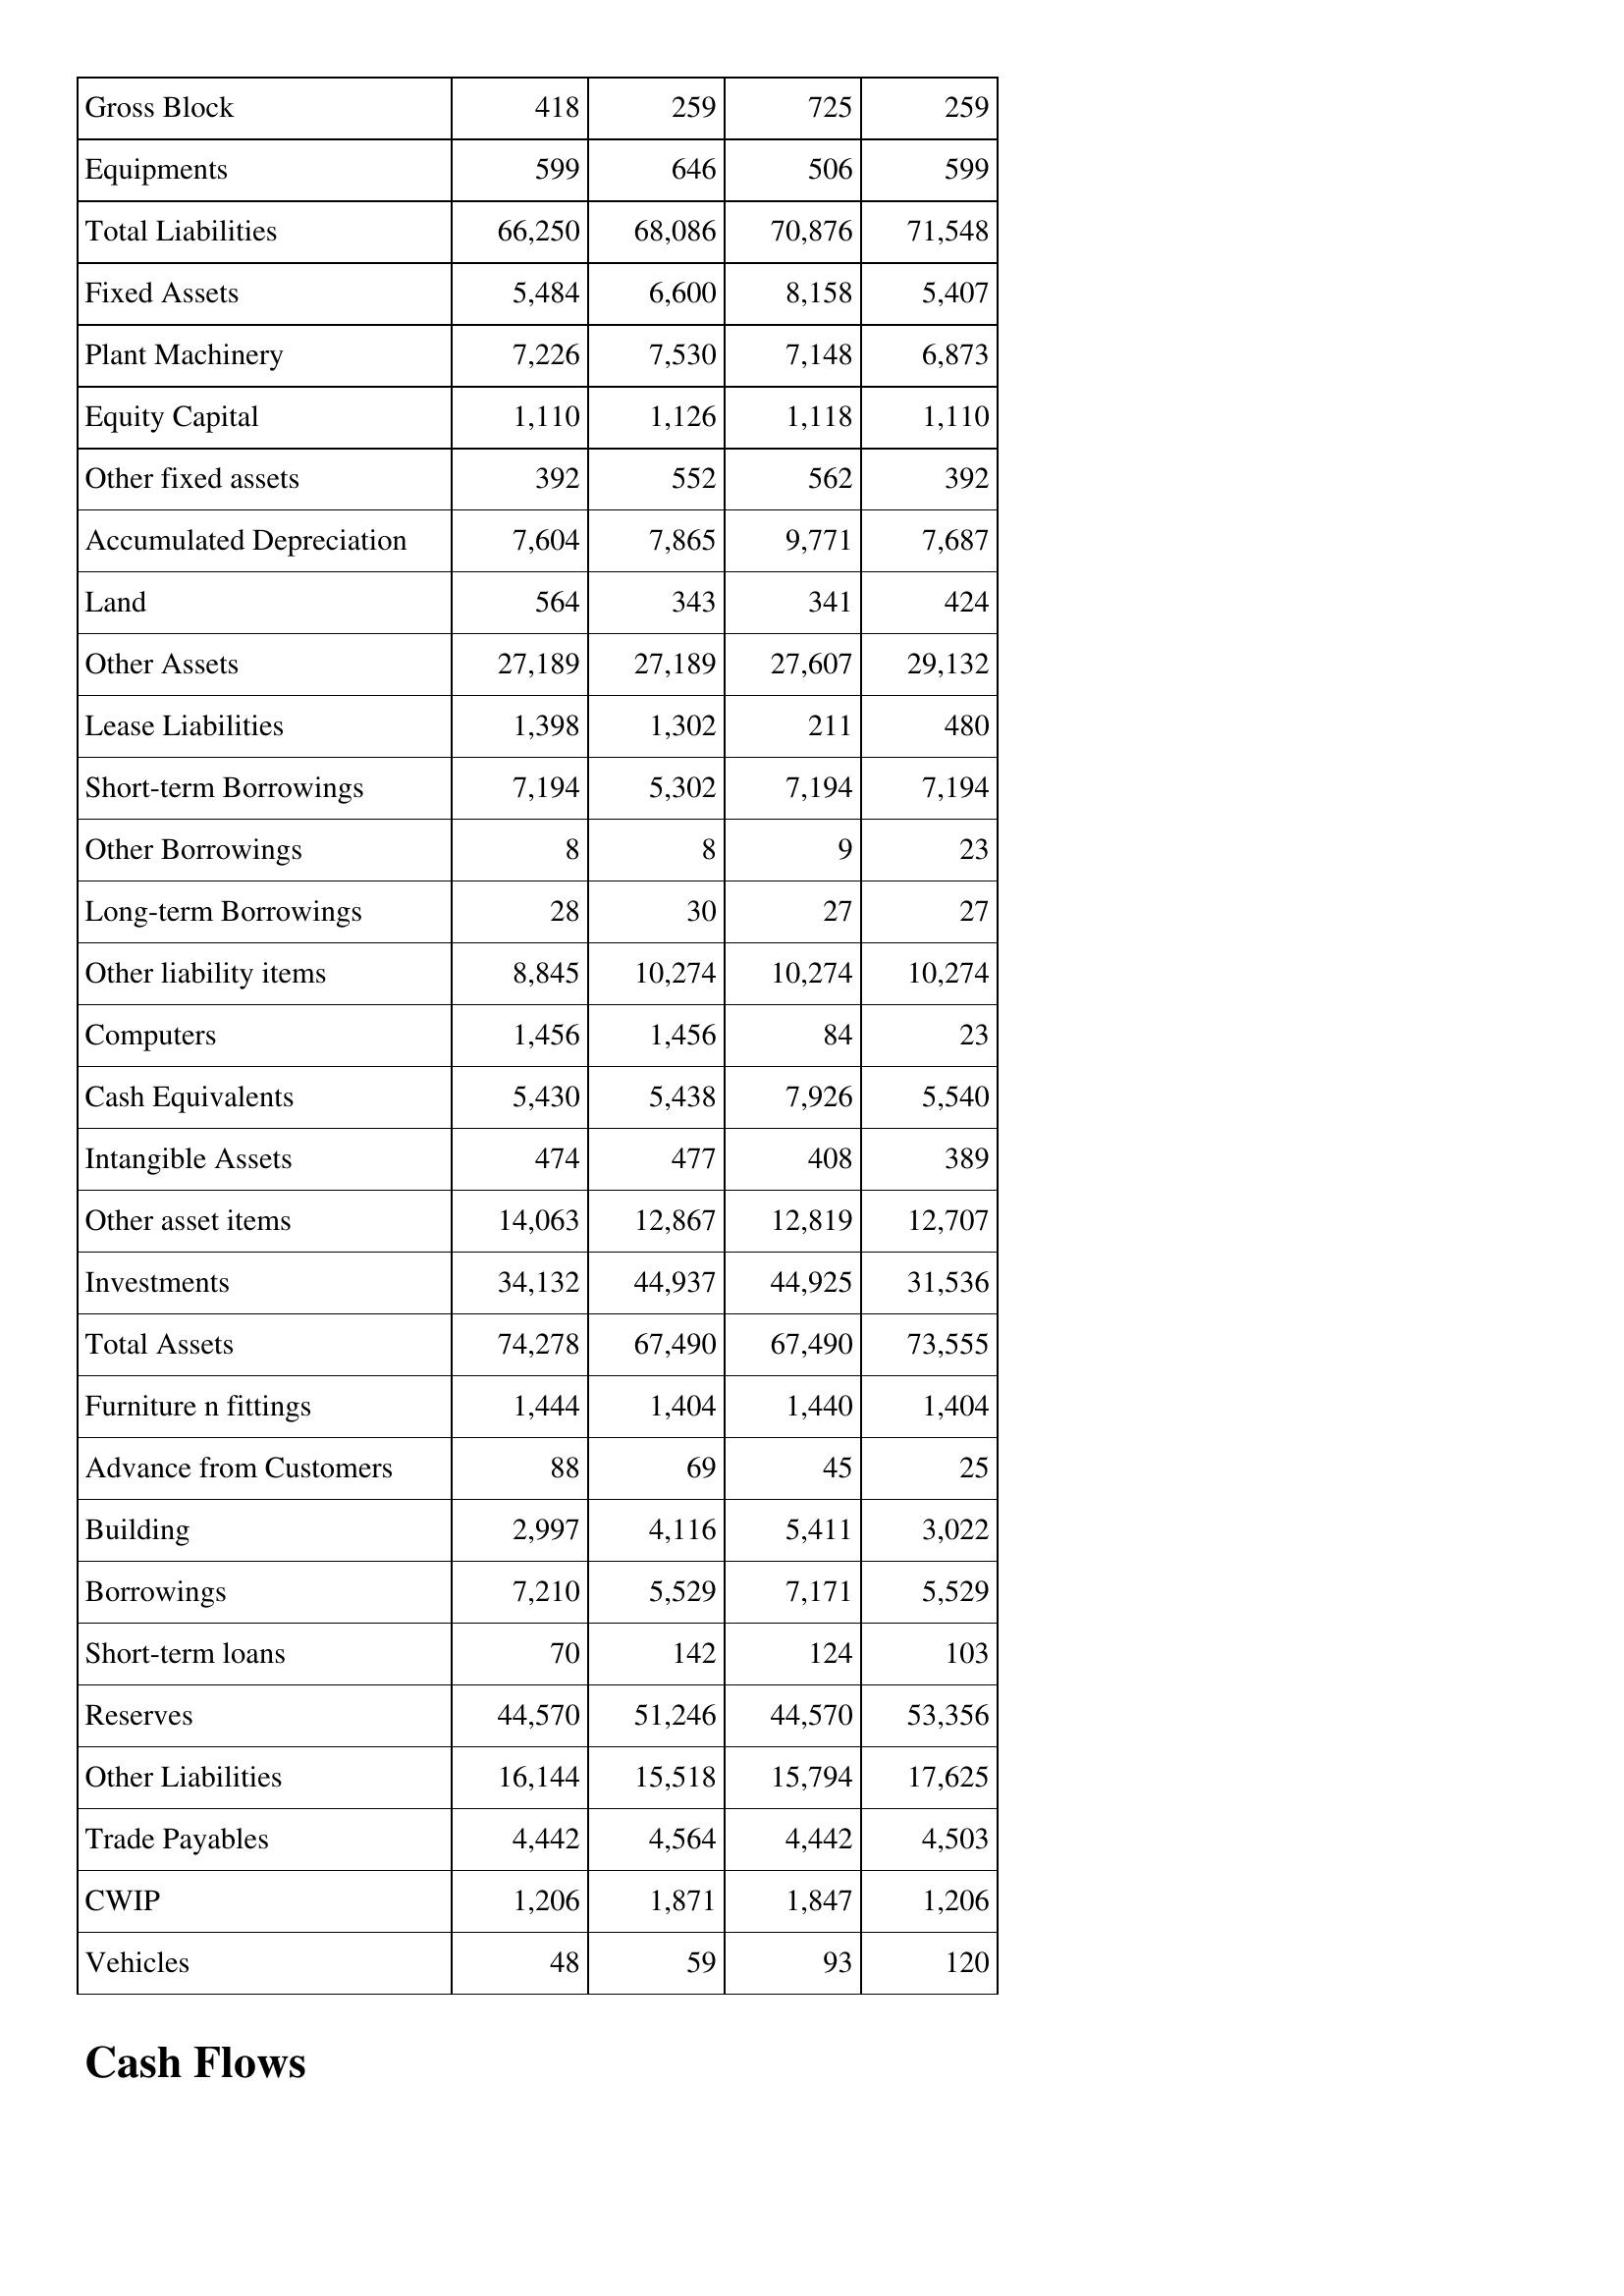
Feb-15: Balance Sheet: Gross Block: 418
Equipments: 599
Total Liabilities: 66,250
Fixed Assets: 5,484
Plant Machinery: 7,226
Equity Capital: 1,110
Other fixed assets: 392
Accumulated Depreciation: 7,604
Land: 564
Other Assets: 27,189
Lease Liabilities: 1,398
Short-term Borrowings: 7,194
Other Borrowings: 8
Long-term Borrowings: 28
Other liability items: 8,845
Computers: 1,456
Cash Equivalents: 5,430
Intangible Assets: 474
Other asset items: 14,063
Investments: 34,132
Total Assets: 74,278
Furniture n fittings: 1,444
Advance from Customers: 88
Building: 2,997
Borrowings: 7,210
Short-term loans: 70
Reserves: 44,570
Other Liabilities: 16,144
Trade Payables: 4,442
CWIP: 1,206
Vehicles: 48
Feb-16: Balance Sheet: Gross Block: 259
Equipments: 646
Total Liabilities: 68,086
Fixed Assets: 6,600
Plant Machinery: 7,530
Equity Capital: 1,126
Other fixed assets: 552
Accumulated Depreciation: 7,865
Land: 343
Other Assets: 27,189
Lease Liabilities: 1,302
Short-term Borrowings: 5,302
Other Borrowings: 8
Long-term Borrowings: 30
Other liability items: 10,274
Computers: 1,456
Cash Equivalents: 5,438
Intangible Assets: 477
Other asset items: 12,867
Investments: 44,937
Total Assets: 67,490
Furniture n fittings: 1,404
Advance from Customers: 69
Building: 4,116
Borrowings: 5,529
Short-term loans: 142
Reserves: 51,246
Other Liabilities: 15,518
Trade Payables: 4,564
CWIP: 1,871
Vehicles: 59
Feb-17: Balance Sheet: Gross Block: 725
Equipments: 506
Total Liabilities: 70,876
Fixed Assets: 8,158
Plant Machinery: 7,148
Equity Capital: 1,118
Other fixed assets: 562
Accumulated Depreciation: 9,771
Land: 341
Other Assets: 27,607
Lease Liabilities: 211
Short-term Borrowings: 7,194
Other Borrowings: 9
Long-term Borrowings: 27
Other liability items: 10,274
Computers: 84
Cash Equivalents: 7,926
Intangible Assets: 408
Other asset items: 12,819
Investments: 44,925
Total Assets: 67,490
Furniture n fittings: 1,440
Advance from Customers: 45
Building: 5,411
Borrowings: 7,171
Short-term loans: 124
Reserves: 44,570
Other Liabilities: 15,794
Trade Payables: 4,442
CWIP: 1,847
Vehicles: 93
Feb-18: Balance Sheet: Gross Block: 259
Equipments: 599
Total Liabilities: 71,548
Fixed Assets: 5,407
Plant Machinery: 6,873
Equity Capital: 1,110
Other fixed assets: 392
Accumulated Depreciation: 7,687
Land: 424
Other Assets: 29,132
Lease Liabilities: 480
Short-term Borrowings: 7,194
Other Borrowings: 23
Long-term Borrowings: 27
Other liability items: 10,274
Computers: 23
Cash Equivalents: 5,540
Intangible Assets: 389
Other asset items: 12,707
Investments: 31,536
Total Assets: 73,555
Furniture n fittings: 1,404
Advance from Customers: 25
Building: 3,022
Borrowings: 5,529
Short-term loans: 103
Reserves: 53,356
Other Liabilities: 17,625
Trade Payables: 4,503
CWIP: 1,206
Vehicles: 120